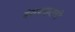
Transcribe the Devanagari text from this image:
बेसप्राइसची